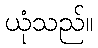
ယုံသည်။